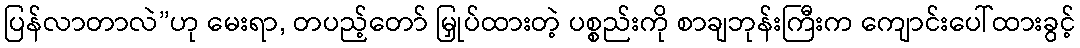
ပြန်လာတာလဲ”ဟု မေးရာ, တပည့်တော် မြှုပ်ထားတဲ့ ပစ္စည်းကို စာချဘုန်းကြီးက ကျောင်းပေါ်ထားခွင့်